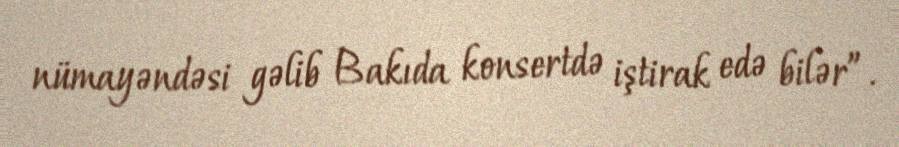
nümayəndəsi gəlib Bakıda konsertdə iştirak edə bilər”.